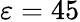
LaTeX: \varepsilon=45